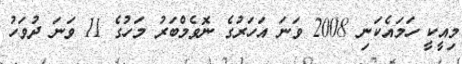
މިއީކީ ހަމައެކަނި 2008 ވަނަ އަހަރުގެ ނޮވެމްބަރު މަހުގެ 11 ވަނަ ދުވަހު